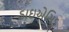
ડાઇએસિડ